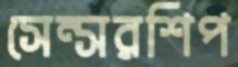
সেন্সরশিপ